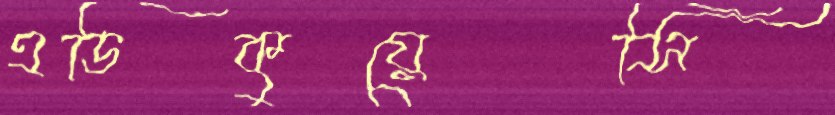
এডিকুয়েসি